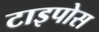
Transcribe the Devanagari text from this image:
टाइपोस